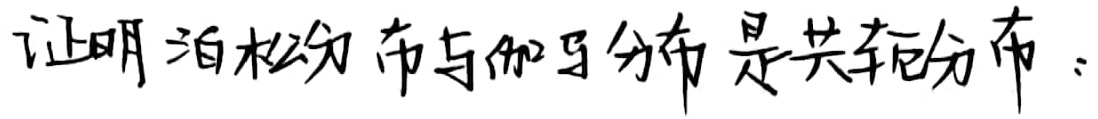
证明泊松分布与伽马分布是共轭分布。